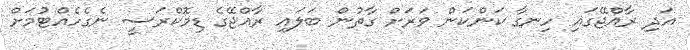
އަދި ރާއްޖޭގައި ހިނގާ ކަންކަން ވަރަށް ގާތުން ބަލައި ރާއްޖޭގެ ޑިމޮކްރަސީ ނެގެހެއްޓުމަށް